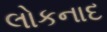
લોકનાદ